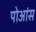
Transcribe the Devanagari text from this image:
पोआंस